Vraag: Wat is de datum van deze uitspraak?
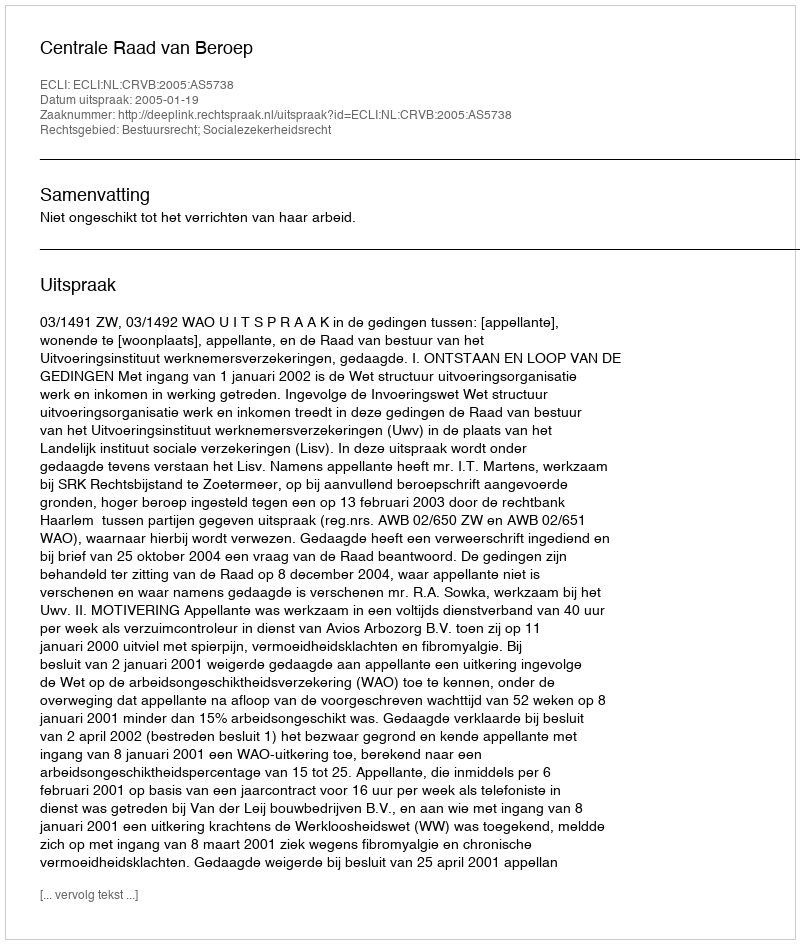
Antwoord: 2005-01-19